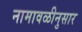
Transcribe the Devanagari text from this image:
नामावळीनुसार